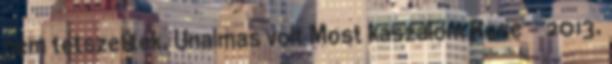
nem tetszettek. Unalmas volt Most kaszálom Rose – 2013.